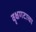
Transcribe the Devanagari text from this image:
वृक्षगटाचा